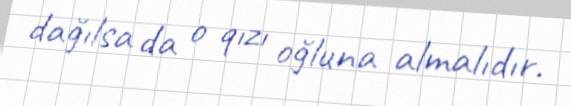
dağılsa da o qızı oğluna almalıdır.